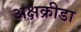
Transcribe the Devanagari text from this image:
अक्षक्रीडा